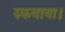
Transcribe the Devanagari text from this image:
रुकवाया।